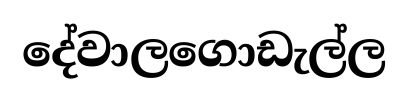
දේවාලගොඩැල්ල